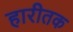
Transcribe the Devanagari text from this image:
हारीतक